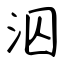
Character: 泅